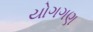
યોગગણ